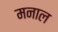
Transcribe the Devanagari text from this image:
मनाल